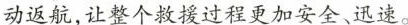
动返航，让整个救援过程更加安全、迅速。